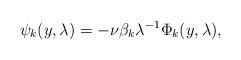
LaTeX: \begin{align*} \psi_k(y, \lambda)=- \nu \beta_k \lambda^{-1} \Phi_k(y, \lambda),\end{align*}